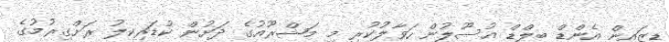
ޑިޒައިން އެންޑް ބިލްޑް އުސޫލުން ހަވާލުކުރި މި މަޝްރޫއުގެ ދަށުން ކުޑަރިކިލު ރަށްގިރުމުގެ